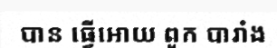
បាន ធ្វើអោយ ពួក បារាំង